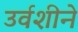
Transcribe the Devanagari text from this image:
उर्वशीने